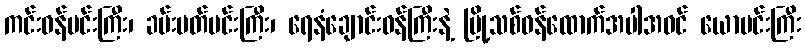
ကင်းဝန်မင်းကြီး၊ ခမ်းပတ်မင်းကြီး၊ ရေနံချောင်းဝန်ကြီးနဲ့ မြို့သစ်ဝန်ထောက်အပါအဝင် ယောမင်းကြီး